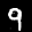
Label: 9